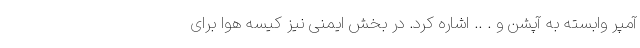
آمپر وابسته به آپشن و . .. اشاره کرد. در بخش ایمنی نیز کیسه هوا برای